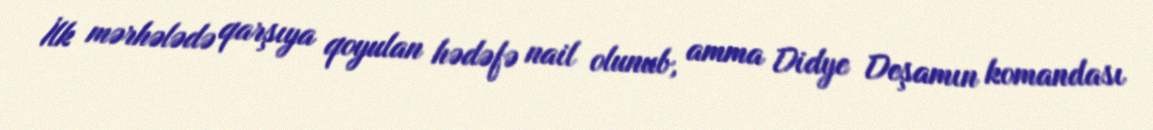
İlk mərhələdə qarşıya qoyulan hədəfə nail olunub, amma Didye Deşamın komandası